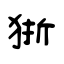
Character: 狾